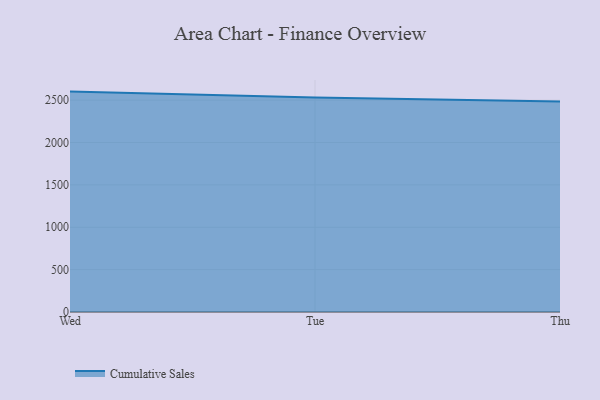
{"axis": {"x": "Day", "y": "Customer Acquisition Cost (USD)"}, "legend": ["Cumulative Sales"], "data": [{"x": "Wed", "y": 2600.6, "type": "Cumulative Sales"}, {"x": "Tue", "y": 2530.4, "type": "Cumulative Sales"}, {"x": "Thu", "y": 2484.6, "type": "Cumulative Sales"}]}